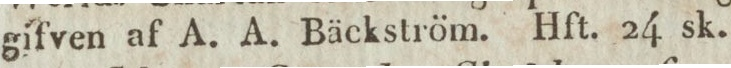
gifven af A. A. Bäckström. Hft. 24 sk.